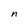
Character: n